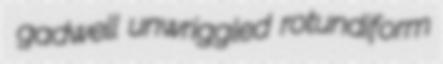
gadwell unwriggled rotundiform